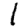
Digit: 1